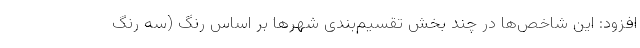
افزود: این شاخص‌ها در چند بخش تقسیم‌بندی شهرها بر اساس رنگ (سه رنگ